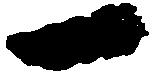
一